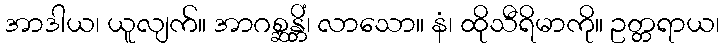
အာဒါယ၊ ယူလျက်။ အာဂစ္ဆန္တိံ၊ လာသော။ နံ၊ ထိုသီရိမာကို။ ဥတ္တရာယ၊